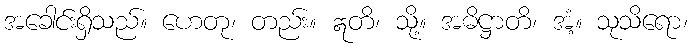
အခေါင်းရှိသည်။ ဟေတု၊ တည်း။ ဣတိ၊ သို့။ အဓိဋ္ဌာတိ၊ အံ့။ သုသိရော၊